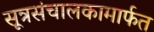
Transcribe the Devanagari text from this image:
सूत्रसंचालकामार्फत